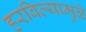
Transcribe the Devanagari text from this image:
हरविल्यामुळे